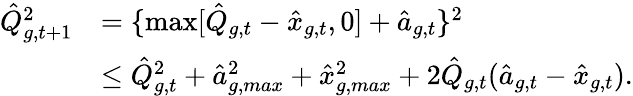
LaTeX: \begin{array}{rl}{\hat{Q}_{g,t+1}^{2}}&{=\{ \operatorname*{max}[\hat{Q}_{g,t}-\hat{x}_{g,t},0]+\hat{a}_{g,t}\} ^{2}}\\ &{\leq\hat{Q}_{g,t}^{2}+\hat{a}_{g,max}^{2}+\hat{x}_{g,max}^{2}+2\hat{Q}_{g,t}(\hat{a}_{g,t}-\hat{x}_{g,t}).}\end{array}